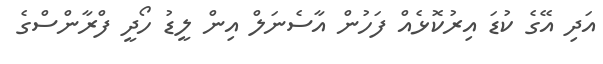
އަދި އޭގެ ކުޑަ އިރުކޮޅެއް ފަހުން އާސެނަލް އިން ލީޑު ހޯދީ ފްރާންސްގެ